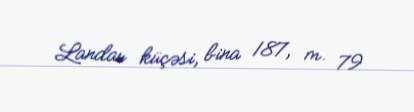
Landau küçəsi, bina 187, m. 79